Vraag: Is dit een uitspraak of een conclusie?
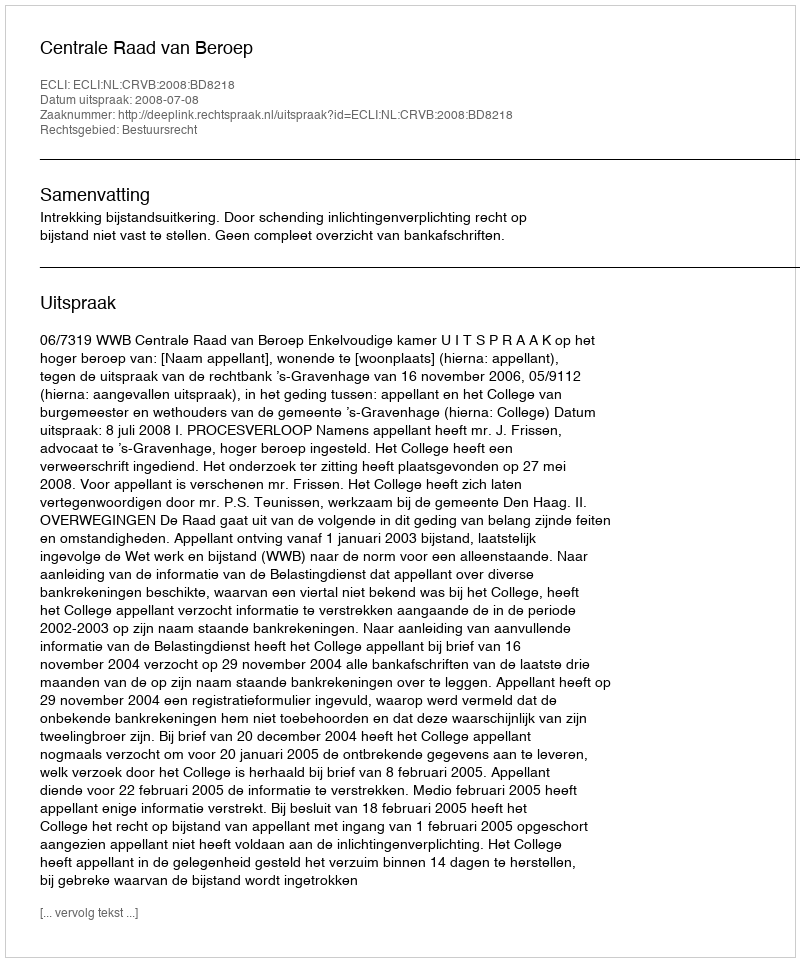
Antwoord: Uitspraak